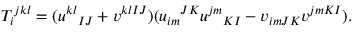
T _ { i } { } ^ { j k l } = ( u ^ { k l } { } _ { I J } + v ^ { k l I J } ) ( u _ { i m } { } ^ { J K } u ^ { j m } { } _ { K I } - v _ { i m J K } v ^ { j m K I } ) .